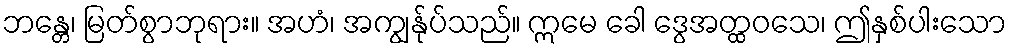
ဘန္တေ၊ မြတ်စွာဘုရား။ အဟံ၊ အကျွန်ုပ်သည်။ ဣမေ ခေါ ဒွေအတ္ထဝသေ၊ ဤနှစ်ပါးသော